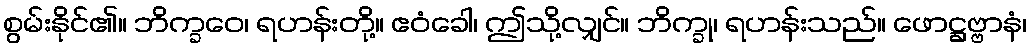
စွမ်းနိုင်၏။ ဘိက္ခဝေ၊ ရဟန်းတို့။ ဧဝံခေါ၊ ဤသို့လျှင်။ ဘိက္ခု၊ ရဟန်းသည်။ ဖောဋ္ဌဗ္ဗာနံ၊